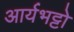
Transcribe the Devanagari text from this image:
आर्यभट्टो